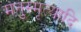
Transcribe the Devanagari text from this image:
मनुस्मृत्यादि